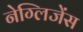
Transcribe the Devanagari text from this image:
नेग्लिजेंस